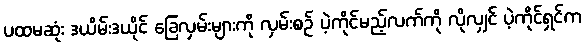
ပထမဆုံး ဒယိမ်းဒယိုင် ခြေလှမ်းများကို လှမ်းစဉ် ပဲ့ကိုင်မည့်လက်ကို လိုလျှင် ပဲ့ကိုင်ရှင်က